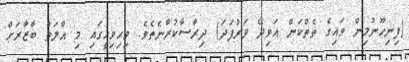
(ފިނިހޫނުމިން ވައިގެ ތެތްކަން އަވިދޭ ވަރުފަދަ) ދިރާސާކުރާނެތެވެ. ވިހިވިހީގައި މި އާލަތް ބާޒާރަށް